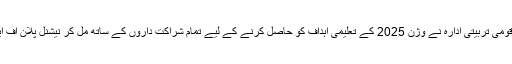
این سی ایچ ڈی کے قومی تربیتی ادارہ نے وژن 2025 کے تعلیمی اہداف کو حاصل کرنے کے لیے تمام شراکت داروں کے ساتھ مل کر نیشنل پلان آف ایکشن ترتیب دیا ہے۔